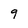
Character: 9